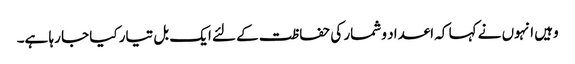
وہیں انہوں نے کہا کہ اعداد و شمار کی حفاظت کے لئے ایک بل تیار کیا جا رہا ہے۔